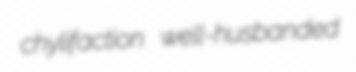
chylifaction well-husbanded